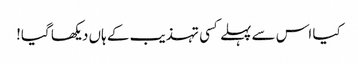
کیا اس سے پہلے کسی تہذیب کے ہاں دیکھا گیا!